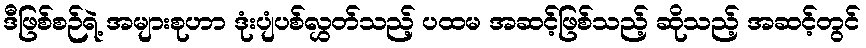
ဒီဖြစ်စဉ်ရဲ့ အများစုဟာ ဒုံးပျံပစ်လွှတ်သည့် ပထမ အဆင့်ဖြစ်သည့် ဆိုသည့် အဆင့်တွင်